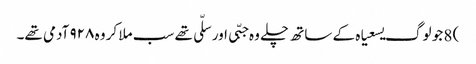
) 8 جو لوگ یسعیاہ کے ساتھ چلے وہ جبّی اور سلّی تھے سب ملا کر وہ ۹۲۸ آدمی تھے۔